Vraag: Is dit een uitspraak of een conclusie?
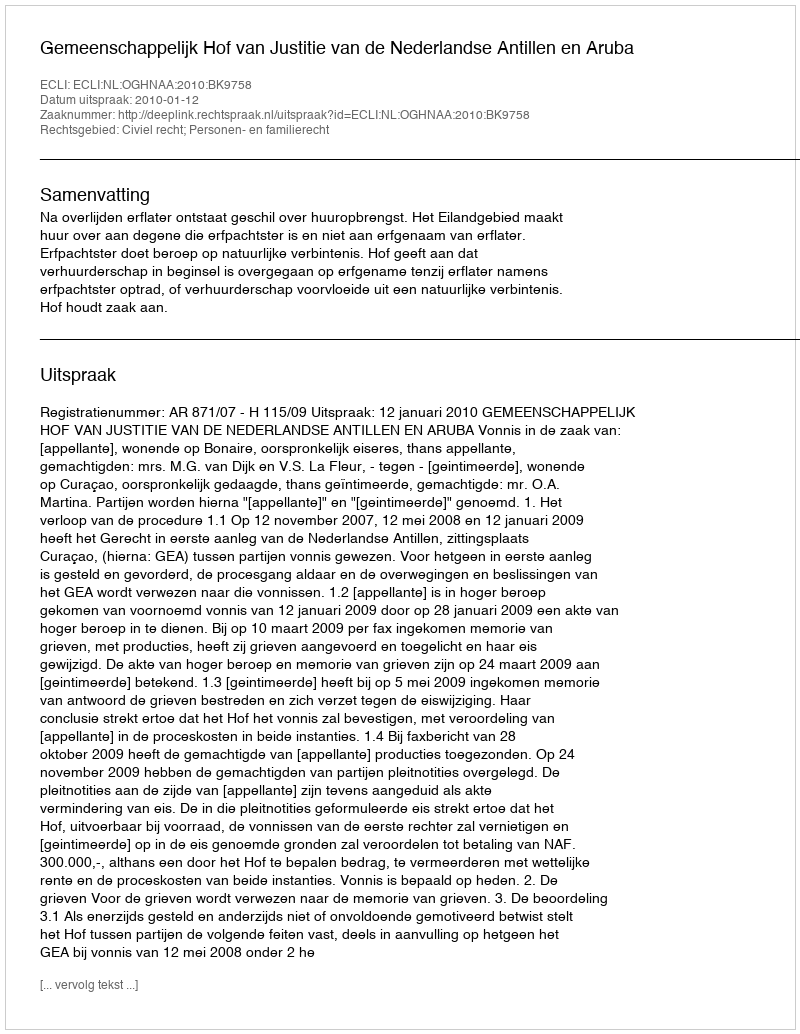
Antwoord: Uitspraak